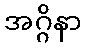
အဂ္ဂိနာ